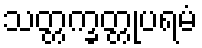
သတ္တက္ခတ္တုပရမံ